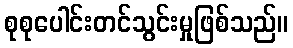
စုစုပေါင်းတင်သွင်းမှုဖြစ်သည်။